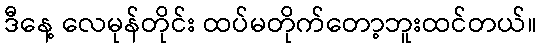
ဒီနေ့ လေမုန်တိုင်း ထပ်မတိုက်တော့ဘူးထင်တယ်။